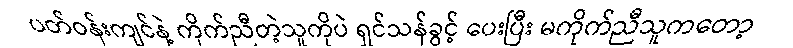
ပတ်ဝန်းကျင်နဲ့ ကိုက်ညီတဲ့သူကိုပဲ ရှင်သန်ခွင့် ပေးပြီး မကိုက်ညီသူကတော့